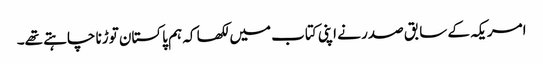
امریکہ کے سابق صدر نے اپنی کتاب میں لکھا کہ ہم پاکستان توڑنا چاہتے تھے۔